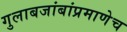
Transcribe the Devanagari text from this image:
गुलाबजांबांप्रमाणेच